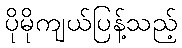
ပိုမိုကျယ်ပြန့်သည့်